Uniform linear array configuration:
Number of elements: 4
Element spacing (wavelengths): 0.75
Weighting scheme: exponential
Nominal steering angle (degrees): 15
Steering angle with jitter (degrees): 15.439
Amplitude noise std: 0.05
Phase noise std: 0.05

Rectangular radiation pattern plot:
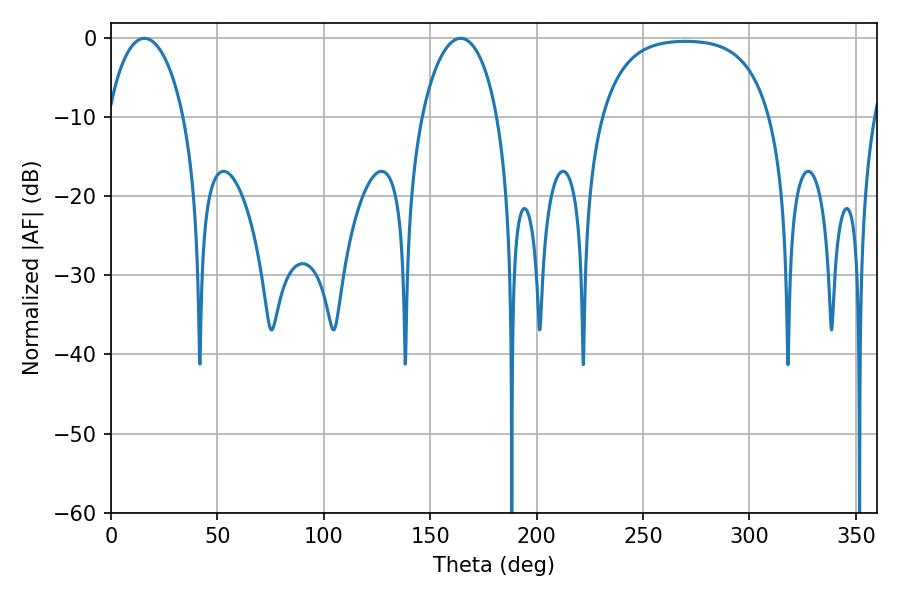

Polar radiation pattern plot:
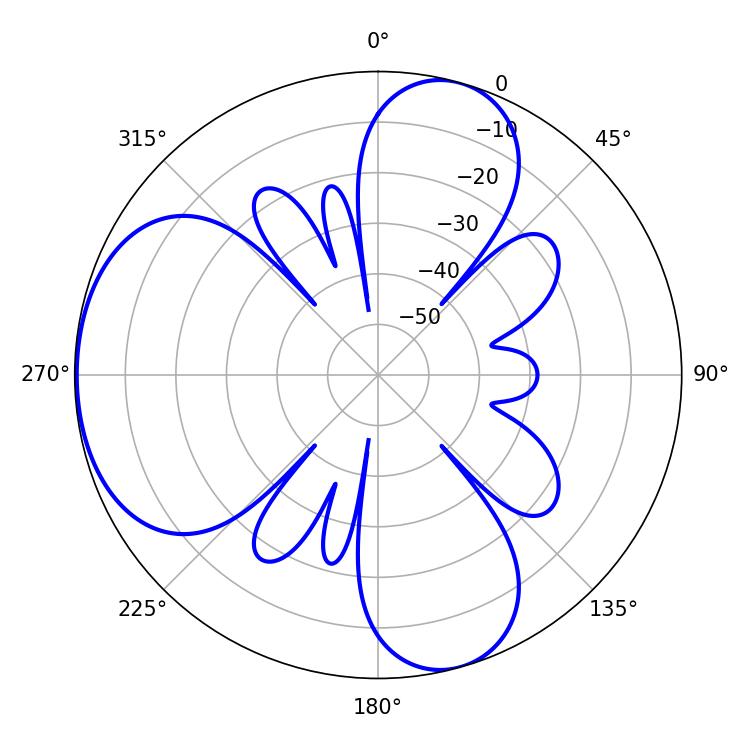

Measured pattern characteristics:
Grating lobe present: TRUE
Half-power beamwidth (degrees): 20.34
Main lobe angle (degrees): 15.66